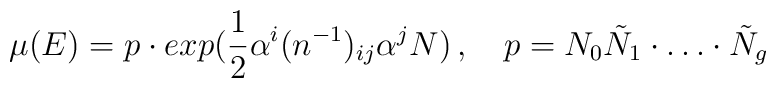
\mu(E) = p\cdot exp( \frac{1}{2}\alpha^{i}(n^{-1})_{ij} \alpha^{j} N) \, , \quad p=N_{0}\tilde N_{1}\cdot \dots \cdot \tilde N_{g}